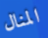
المنال